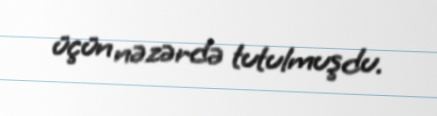
üçün nəzərdə tutulmuşdu.